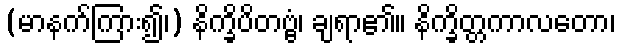
(မာနက်ကြား၍၊) နိက္ခိပိတဗ္ဗံ၊ ချရာ၏။ နိက္ခိတ္တကာလတော၊